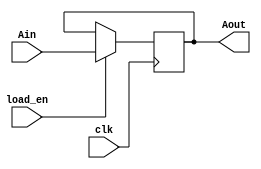
module simple_reg(input [15:0] Ain,
                  input load_en,
                  input clk,
                  output reg [15:0] Aout);

    always@(posedge clk)
    begin
        if(load_en)
			Aout <= Ain;
    end
    
endmodule